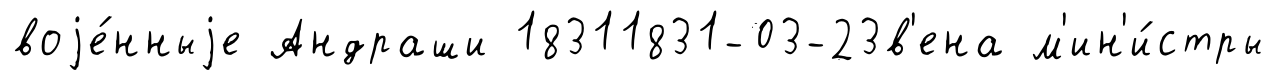
воjе́нныjе Андраши 18311831-03-23в'ена м'ин'и́стры